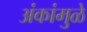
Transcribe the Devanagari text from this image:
अंकांमुळे